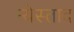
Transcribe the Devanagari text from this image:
न्येस्ताद